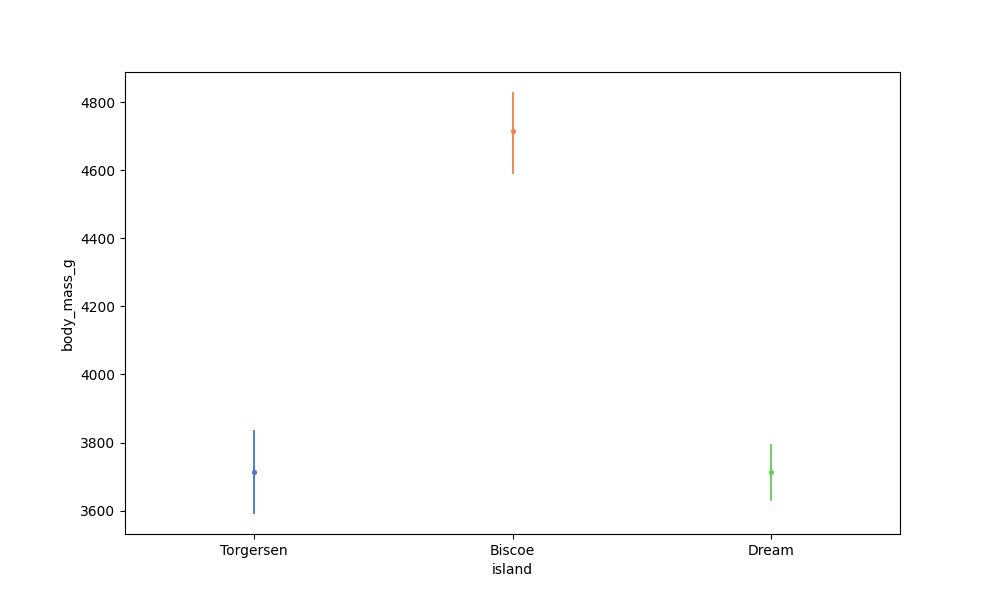
python, seaborn, pointplot, scale=0.5, join=True, hue='None', palette='muted'